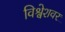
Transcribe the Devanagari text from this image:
विश्वेशवर